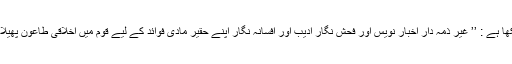
) میں لکھا ہے : ’’ غیر ذمہ دار اخبار نویس اور فحش نگار ادیب اور افسانہ نگار اپنے حقیر مادی فوائد کے لیے قوم میں اخلاقی طاعون پھیلاتے ہیں۔